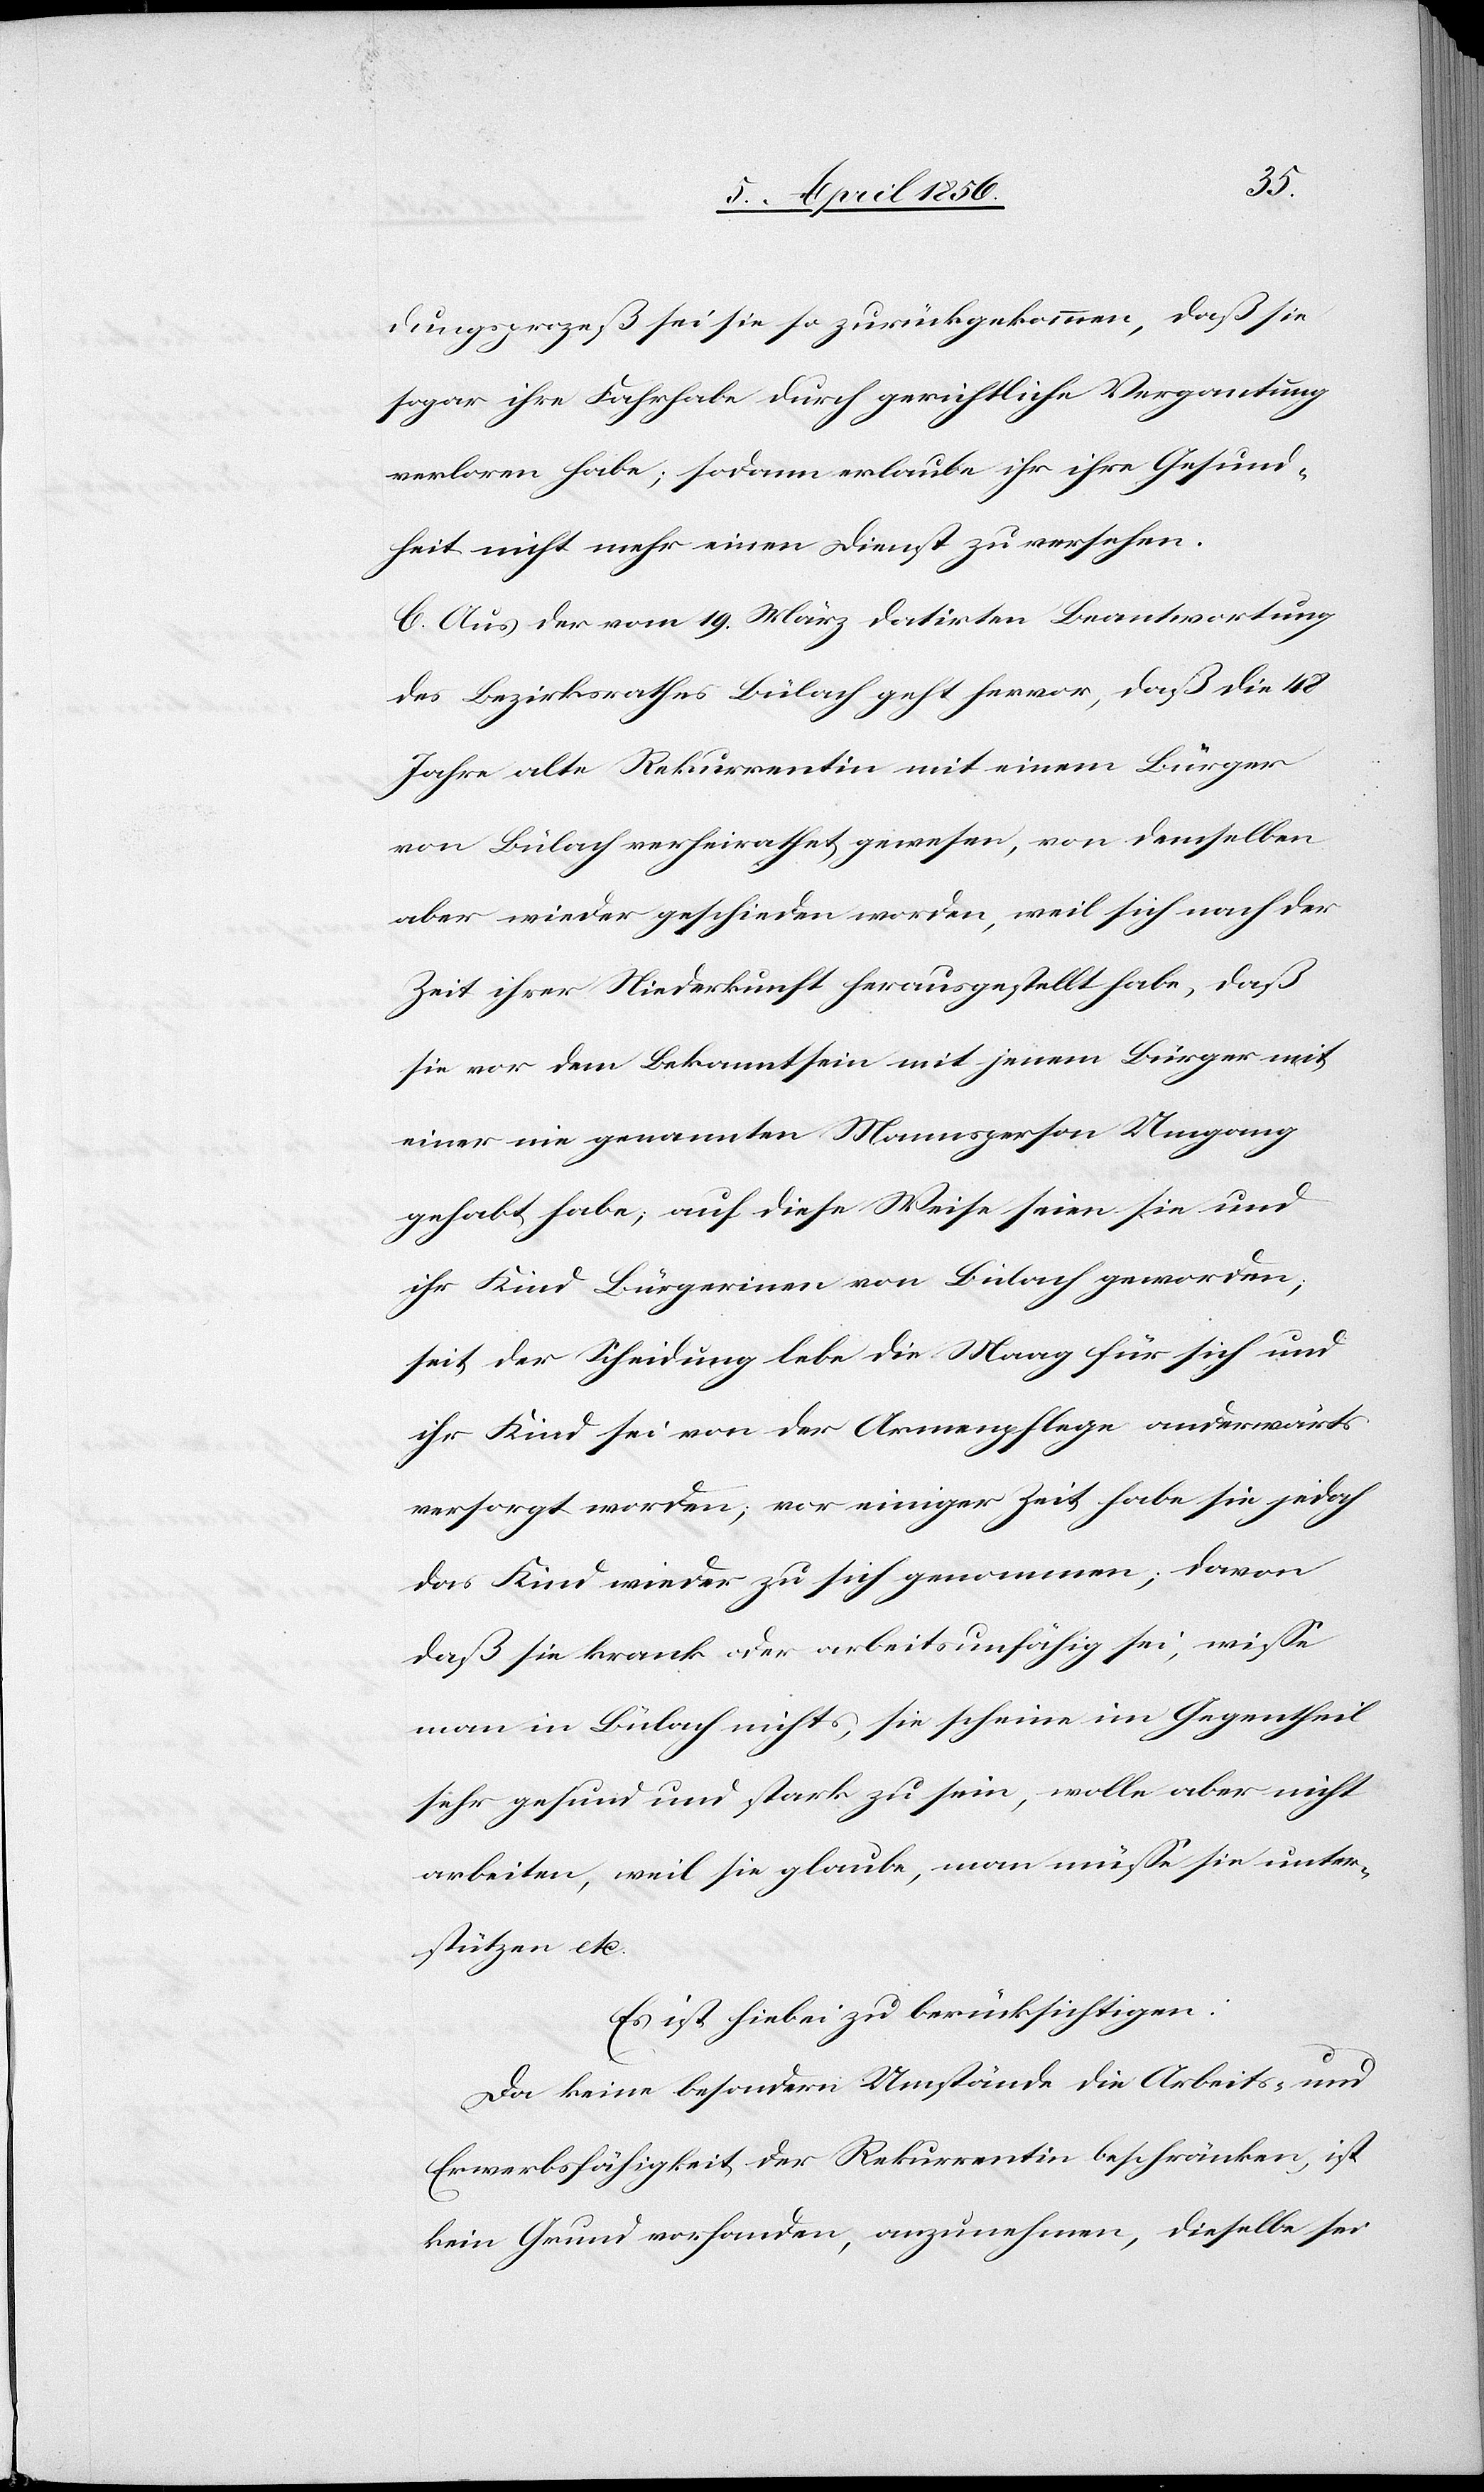
dungsprozeß sei sie so zurückgekommen, das sie
sogar ihre Fahrhabe durch gerichtliche Vergantung
verloren habe; sodann erlaube ihr ihre Gesund¬
heit nicht mehr einen Dienst zu versehen.
C. Aus der vom 19. März datirten Beantwortung
des Bezirksrathes Bülach geht hervor, daß die 48
Jahre alte Rekurrentin mit einem Bürger
von Bülach verheirathet gewesen, von demselben
aber wieder geschieden worden, weil sich nach der
Zeit ihrer Niederkunft herausgestellt habe, daß
sie vor dem Bekanntsein mit jenem Bürger mit
einer nie genannten Mannsperson Umgang
gehabt habe; auf diese Weise seien sie und
ihr Kind Bürgerinen [sic!] von Bülach geworden;
seit der Scheidung lebe die Maag für sich und
ihr Kind sei von der Armenpflege anderwärts
versorgt worden; vor einiger Zeit habe sie jedoch
das Kind wieder zu sich genommen; davon
daß sie krank oder arbeitsunfähig sei, wisse
man in Bülach nichts, sie scheine im Gegentheil
sehr gesund und stark zu sein, wolle aber nicht
arbeiten, weil sie glaube, man müsse sie unter¬
stützen etc.
Es ist hiebei zu berücksichtigen:
Da keine besondern Umstände die Arbeits- und
Erwerbsfähigkeit der Rekurrentin beschränken, ist
kein Grund vorhanden, anzunehmen, dieselbe sei